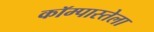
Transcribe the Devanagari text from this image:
कॉम्पास्तेला